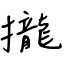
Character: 攏